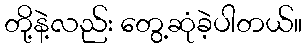
တို့နဲ့လည်း တွေ့ဆုံခဲ့ပါတယ်။